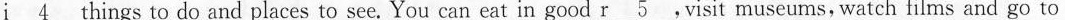
i\underline{4} things to do and places to see. You can eat in good r\underline{5}.Visit museums, watch films and go to